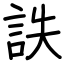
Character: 詄